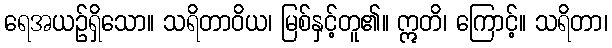
ရေအယဉ်ရှိသော။ သရိတာဝိယ၊ မြစ်နှင့်တူ၏။ ဣတိ၊ ကြောင့်။ သရိတာ၊